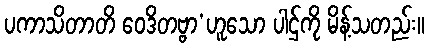
ပကာသိတာတိ ဝေဒိတဗ္ဗာ’ဟူသော ပါဌ်ကို မိန့်သတည်း။